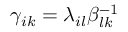
\gamma _ { i k } = \lambda _ { i l } \beta _ { l k } ^ { - 1 }